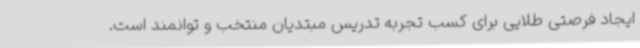
ایجاد فرصتی طلایی برای کسب تجربه تدریس مبتدیان منتخب و توانمند است.